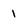
Character: 1